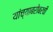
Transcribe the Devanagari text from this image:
यांच्याबरोबरची